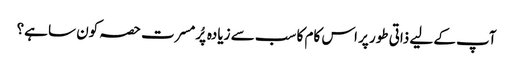
آپ کے لیے ذاتی طور پر اس کام کا سب سے زیادہ پُرمسرت حصہ کون سا ہے؟